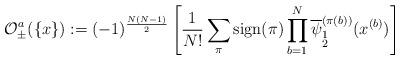
LaTeX: \begin{align*}{\cal O}_\pm^a( \{x\} ) := (-1)^{\frac{N(N-1)}{2}}\left[\frac{1}{N!} \sum_\pi \mbox{sign}(\pi) \prod_{b=1}^{N}\overline{\psi}^{(\pi(b))}_{\stackrel{{\scriptstyle 1}}{{\scriptstyle 2}}}(x^{(b)})\right]\end{align*}